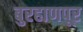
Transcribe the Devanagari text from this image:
बुरहाणपूर